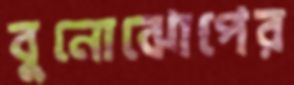
বুনোঝোপের